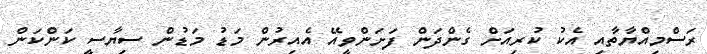
ރަސްމިއްޔާތާއި އެކު ކުރިއަށް ގެންދަން ފަށަންވީއޭ އެއިރުން މަޑު މަޑުން ސިޔާސީ ކަންކަން